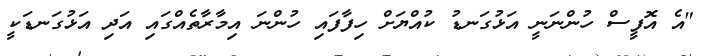
"އެ އޮފީސް ހުންނަނީ އަޅުގަނޑު ކުއްޔަށް ހިފާފައި ހުންނަ އިމާރާތެއްގައި އަދި އަޅުގަނޑަކީ